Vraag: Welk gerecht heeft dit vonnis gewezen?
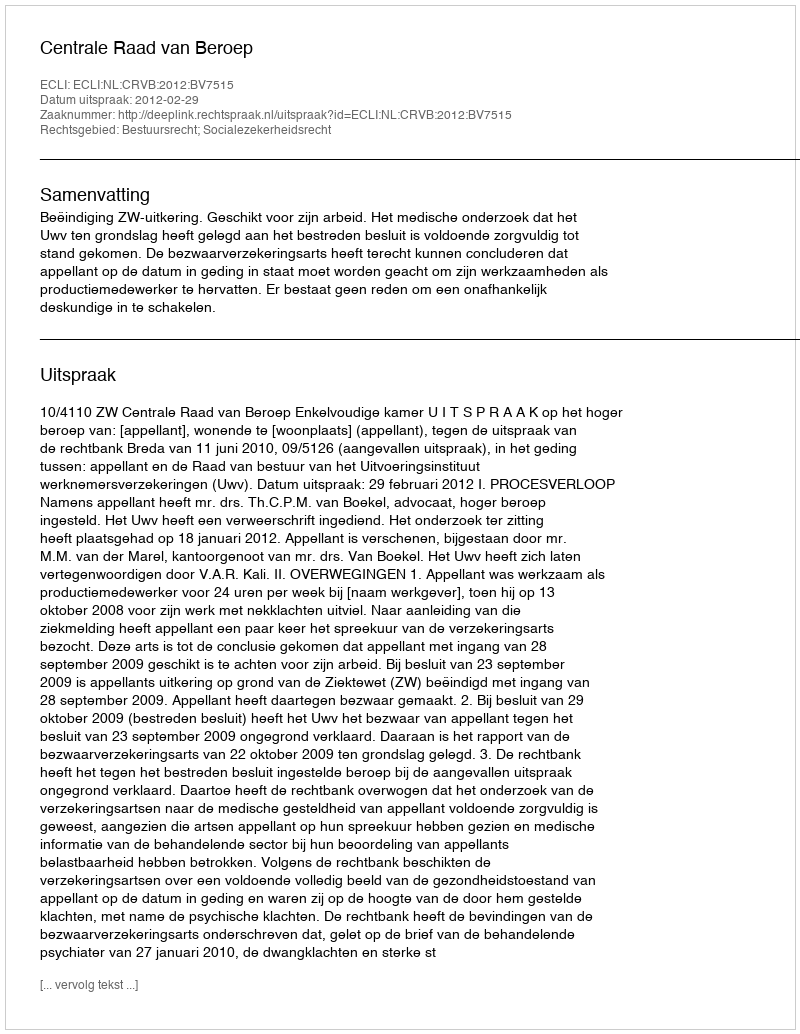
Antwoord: Centrale Raad van Beroep